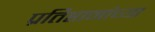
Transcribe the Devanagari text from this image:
प्रतिष्ठानांच्या